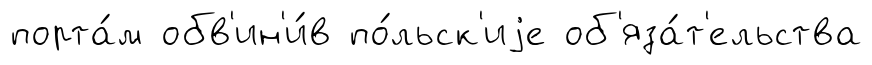
порта́м обв'ин'и́в по́льск'иjе об'яза́т'ельства